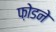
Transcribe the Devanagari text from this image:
फ़ोडने